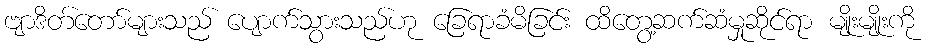
ဗျာဒိတ်တော်များသည် ပျောက်သွားသည်ဟု ခြေရာခံမိခြင်း ထိတွေ့ဆက်ဆံမှုဆိုင်ရာ မျိုးမျိုးကို